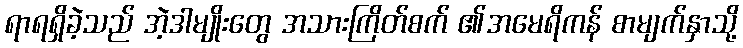
ရာရရှိခဲ့သည် အဲ့ဒါမျိုးတွေ အသားကြိတ်စက် ၏အမေရိကန် စာမျက်နှာသို့